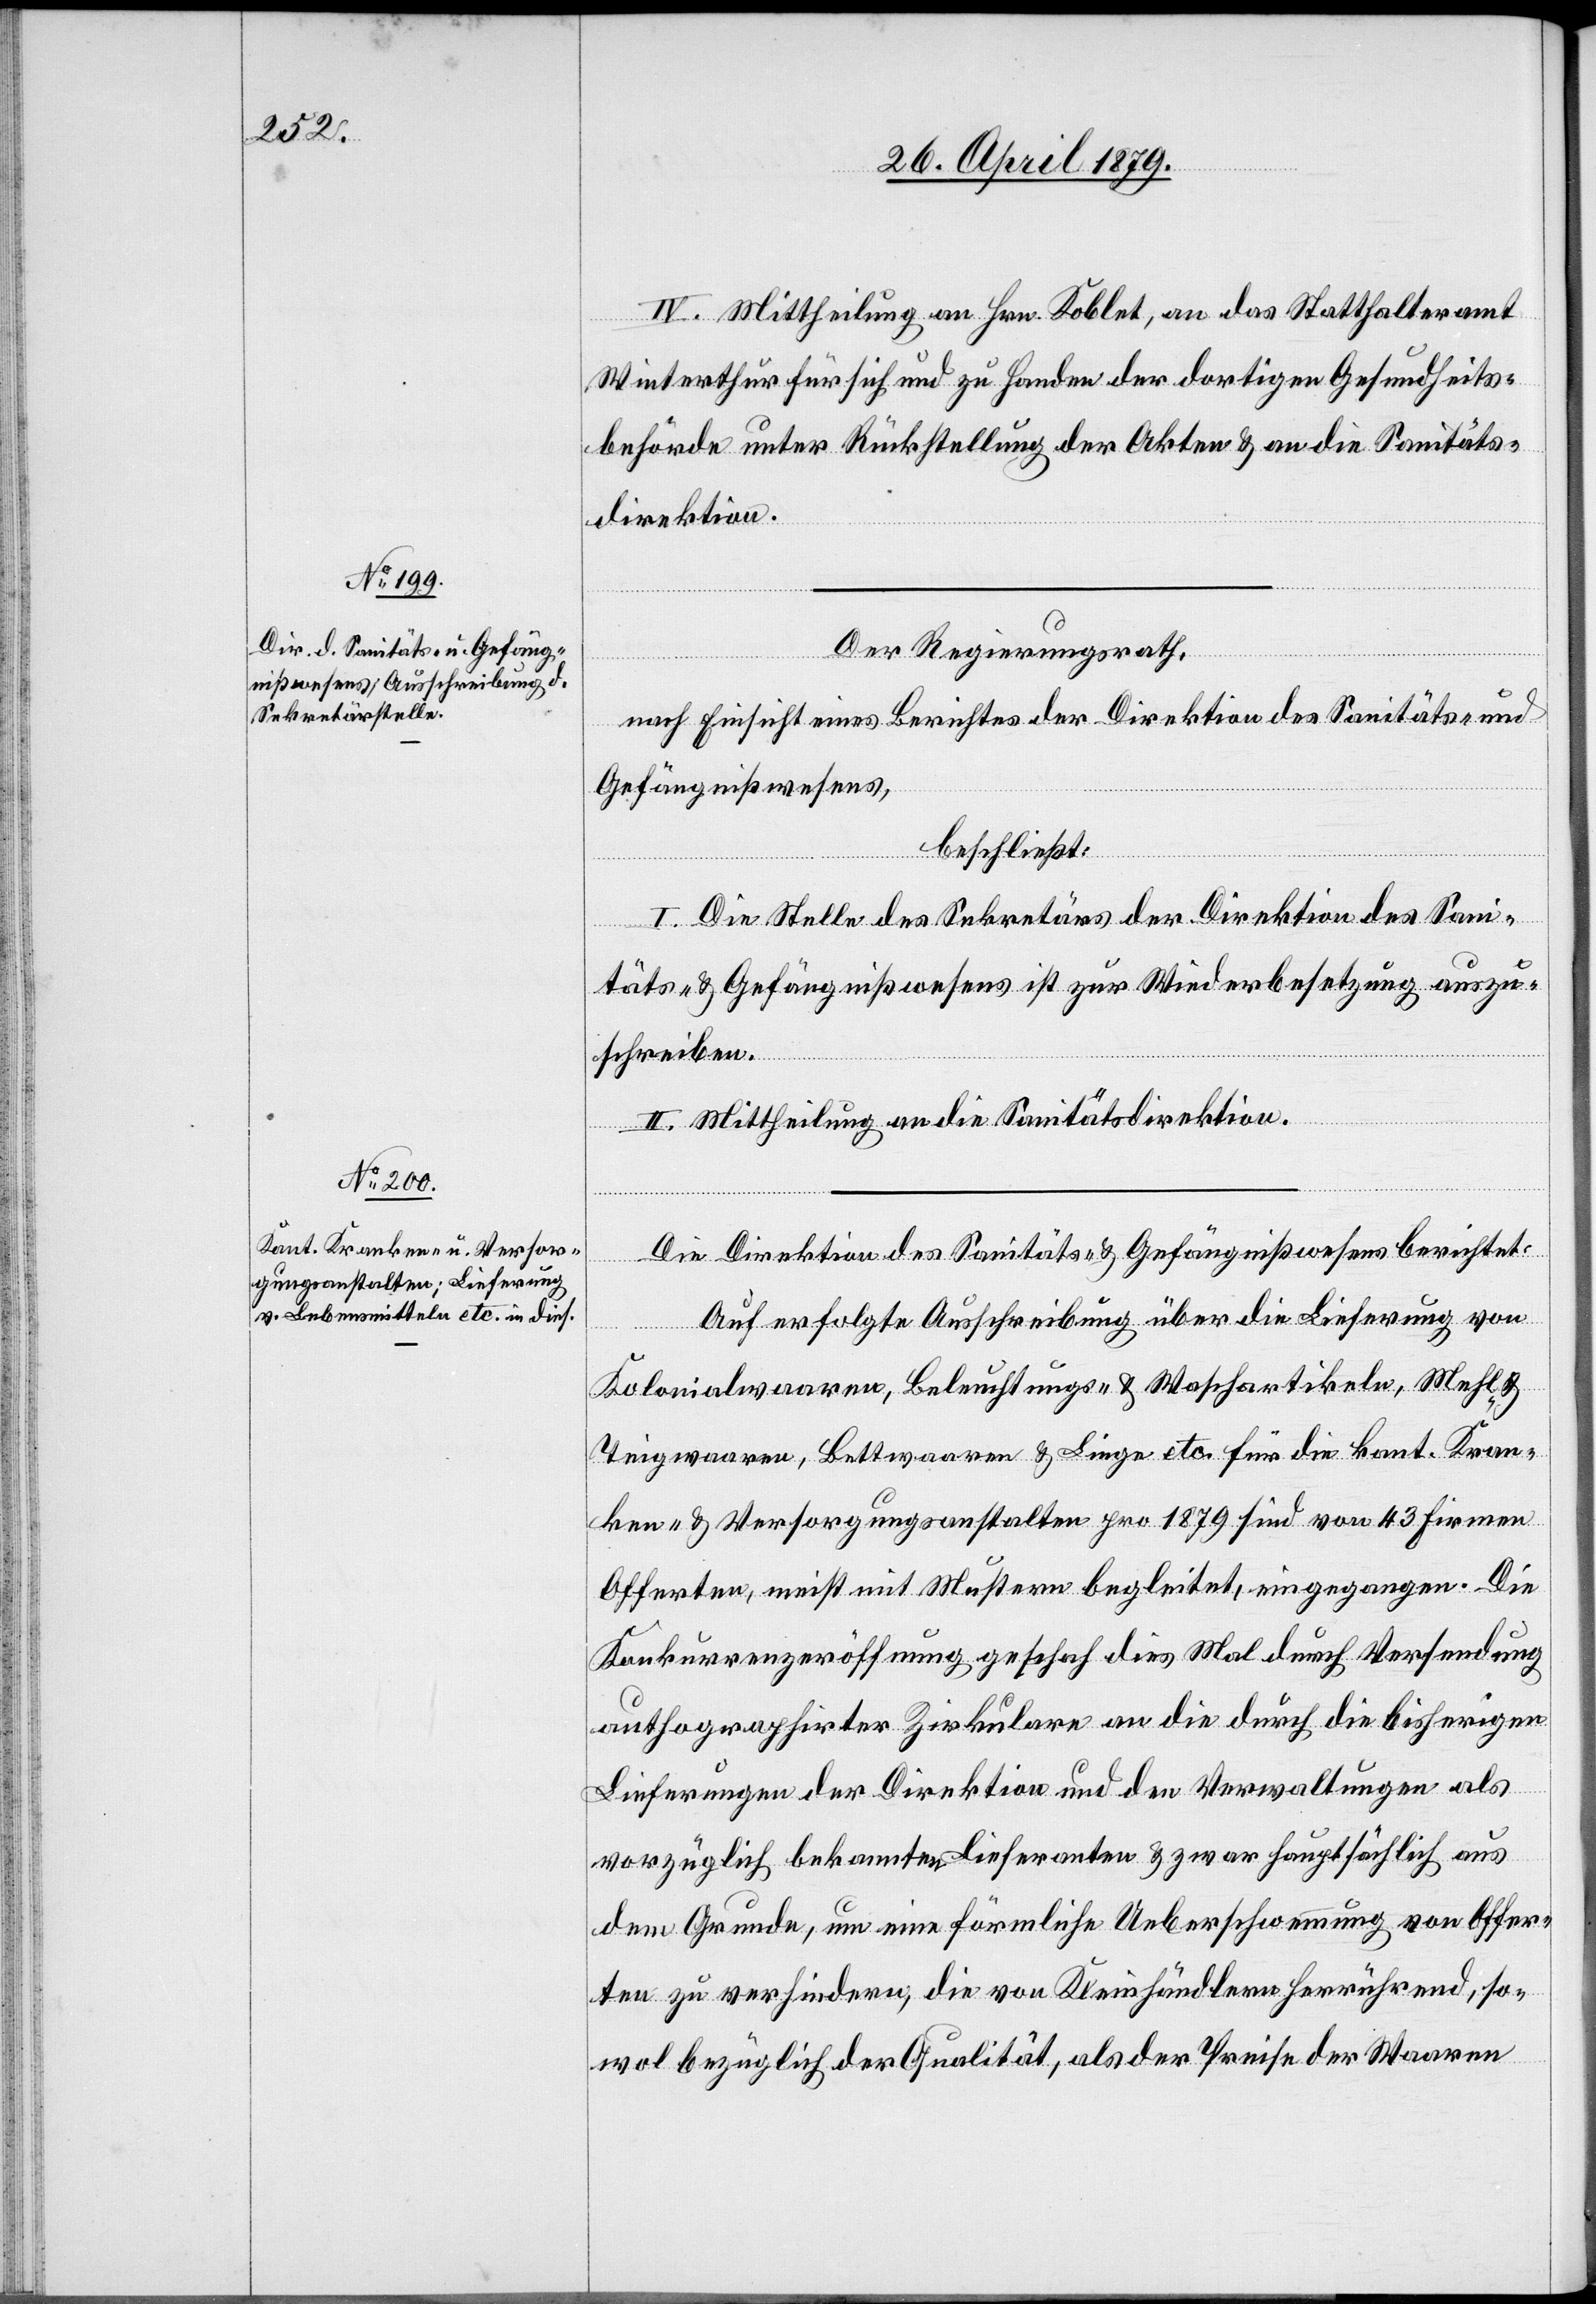
IV. Mittheilung an Hrn. Koblet, an das Statthalteramt
Winterthur für sich und zu Handen der dortigen Gesundheits¬
behörde unter Rückstellung der Akten & an die Sanitäts¬
direktion.
Der Regierungsrath,
nach Einsicht eines Berichtes der Direktion des Sanitäts- und
Gefängnißwesens,
beschließt:
I. Die Stelle des Sekretärs der Direktion des Sani¬
täts- & Gefängnißwesens ist zur Wiederbesetzung auszu¬
schreiben.
II. Mittheilung an die Sanitätsdirektion.
Die Direktion des Sanitäts- & Gefängnißwesens berichtet:
Auf erfolgte Ausschreibung über die Lieferung von
Kolonialwaaren, Beleuchtungs- & Waschartikeln, Mehl- &
Teigwaaren, Bettwaaren & Linge etc. für die kant. Kran¬
ken- & Versorgungsanstalten pro 1879 sind von 43 Firmen
Offerten, meist mit Mustern begleitet, eingegangen. Die
Konkurrenzeröffnung geschah dies Mal durch Versendung
authographirter Zirkulare an die durch die bisherigen
Lieferungen der Direktion und den Verwaltungen als
vorzüglich bekannten Lieferanten & zwar hauptsächlich aus
dem Grunde, um eine förmliche Ueberschwemmung von Offer¬
ten zu verhindern, die von Kleinhändlern herrührend, so¬
wol bezüglich der Qualität, als der Preise der Waaren